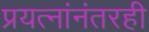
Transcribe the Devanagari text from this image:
प्रयत्नांनंतरही